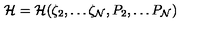
{ \cal H } = { \cal H } ( \zeta _ { 2 } , \dots \zeta _ { \cal N } , P _ { 2 } , \dots P _ { \cal N } )